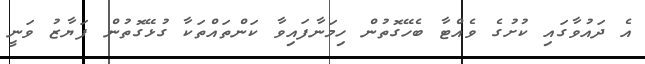
އެ ދައުވާގައި ކުށުގެ ވެއްޓާ ބެހޭގޮތުން ހިމަނާފައިވާ ކަންތައްތަކާ ގުޅޭގޮތުން ފަޔާޒު ވަނީ